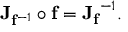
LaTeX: \mathbf { J } _ { \mathbf { f } ^ { - 1 } } \circ \mathbf { f } = { \mathbf { J } _ { \mathbf { f } } } ^ { - 1 } .